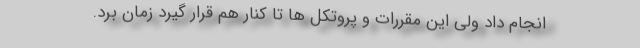
انجام داد ولی این مقررات و پروتکل ها تا کنار هم قرار گیرد زمان برد.